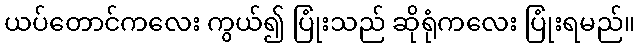
ယပ်တောင်ကလေး ကွယ်၍ ပြုံးသည် ဆိုရုံကလေး ပြုံးရမည်။